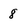
Character: 8